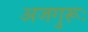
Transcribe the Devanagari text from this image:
अजगुरूः